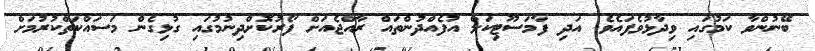
ބޭނުންވާ ކަމުގައި ވިދާޅުވެފައެވެ. އަދި ފާމަސޫޓިކަލް އުފެއްދުންތައް ރާއްޖެއަށް ފޯރުކޮށްދިނުމުގައި ގުޅިގެން މަސައްކަތްކުރުމަށް